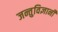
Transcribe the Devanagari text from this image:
जन्तुविज्ञानी